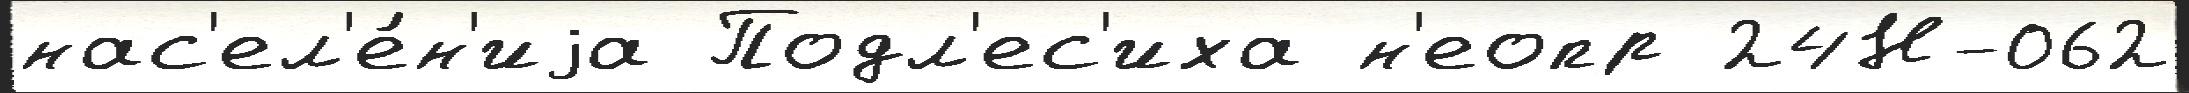
нас'ел'е́н'иjа Подл'ес'иха н'еопр 24Н-062